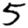
Digit: 5